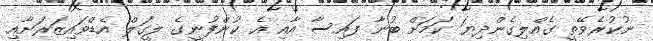
ނުކުރެވޭތީ ގެއްލިގެންދިޔަ ކަމަށް ބުނާ ފައިސާ އާއި އެ ކުންފުނީގެ ލީގަލް އެޑްވައިޒަރަށާއި